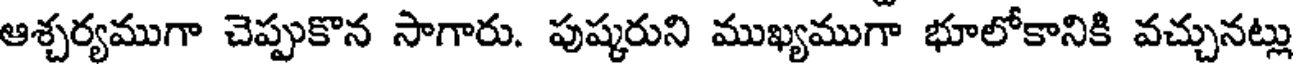
ఆశ్చర్యముగా చెప్పుకొన సాగారు. పుష్కరుని ముఖ్యముగా భూలోకానికి వచ్చునట్లు